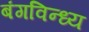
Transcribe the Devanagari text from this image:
बंगविन्ध्य